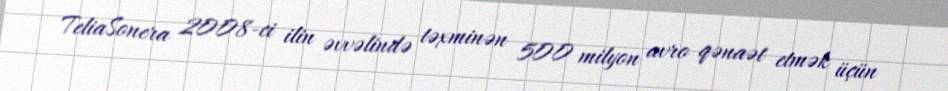
TeliaSonera 2008-ci ilin əvvəlində təxminən 500 milyon avro qənaət etmək üçün